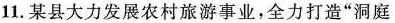
11. 某县大力发展农村旅游事业，全力打造“洞庭